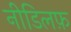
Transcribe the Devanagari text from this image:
नीडिलफ़